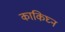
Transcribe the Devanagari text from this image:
काकिघ्न